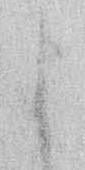
よ